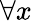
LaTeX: \forall x